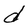
Character: d